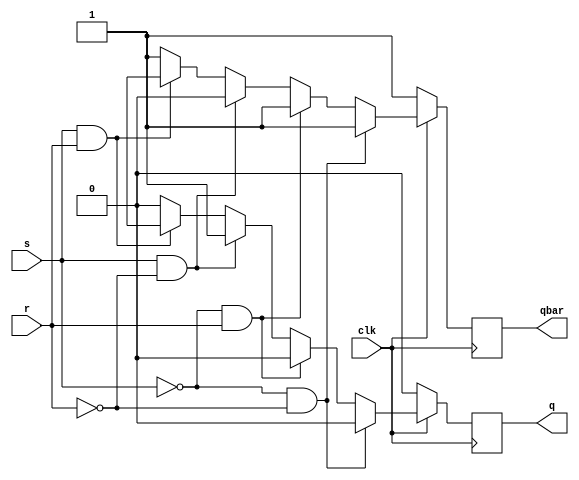
`timescale 1ns / 1ps

module sr_flipflop(
    output reg q,qbar,
    input s,r,clk
    );

    always@(posedge clk)
    begin
        q=1'b0; qbar=1'b1;
        
        if(clk==1) begin
        if(s==0 && r==0) begin
        q=q; qbar=qbar; end
        else if(s==0 && r==1) begin
        q=1'b0; qbar=1'b1; end
        else if(s==1 && r==0) begin
        q=1'b1; qbar=1'b0; end
        else if(s==1 && r==1) begin
        q=1'bx; qbar=1'bx; end
        end
        
        if(clk==0) begin
        q=q; qbar=qbar; end
        
    end
endmodule